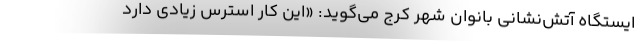
ایستگاه آتش‌نشانی بانوان شهر کرج می‌گوید: «این کار استرس زیادی دارد